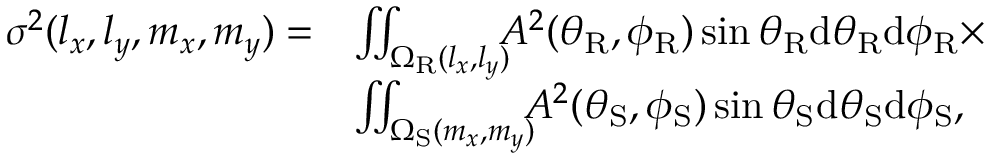
\begin{array} { r l } { \sigma ^ { 2 } ( l _ { x } , l _ { y } , m _ { x } , m _ { y } ) = } & { \int \! \! \! \int _ { \Omega _ { \mathrm { R } } ( l _ { x } , l _ { y } ) } \! \! \! A ^ { 2 } ( \theta _ { \mathrm { R } } , \phi _ { \mathrm { R } } ) \sin \theta _ { \mathrm { R } } \mathrm { d } \theta _ { \mathrm { R } } \mathrm { d } \phi _ { \mathrm { R } } \times } \\ & { \int \! \! \! \int _ { \Omega _ { \mathrm { S } } ( m _ { x } , m _ { y } ) } \! \! \! A ^ { 2 } ( \theta _ { \mathrm { S } } , \phi _ { \mathrm { S } } ) \sin \theta _ { \mathrm { S } } \mathrm { d } \theta _ { \mathrm { S } } \mathrm { d } \phi _ { \mathrm { S } } , } \end{array}